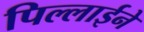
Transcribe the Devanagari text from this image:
पिल्लाईने